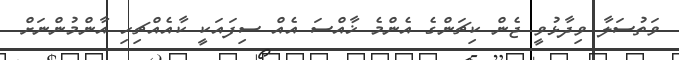
ވަތުސަލާ ވިދާޅުވީ ޖެން ކިޗަންގެ އެންމެ ޚާއްސަ އެއް ސިފައަކީ ކާއެއްޗިހި އާންމުންނަށް